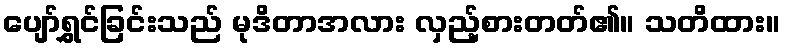
ပျော်ရွှင်ခြင်းသည် မုဒိတာအလား လှည့်စားတတ်၏။ သတိထား။